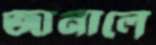
জানালে